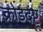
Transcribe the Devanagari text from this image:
क्रोडदंष्ट्र